Vaccination in Bombay 1869-1873 - 1869-1873
Year: 1869
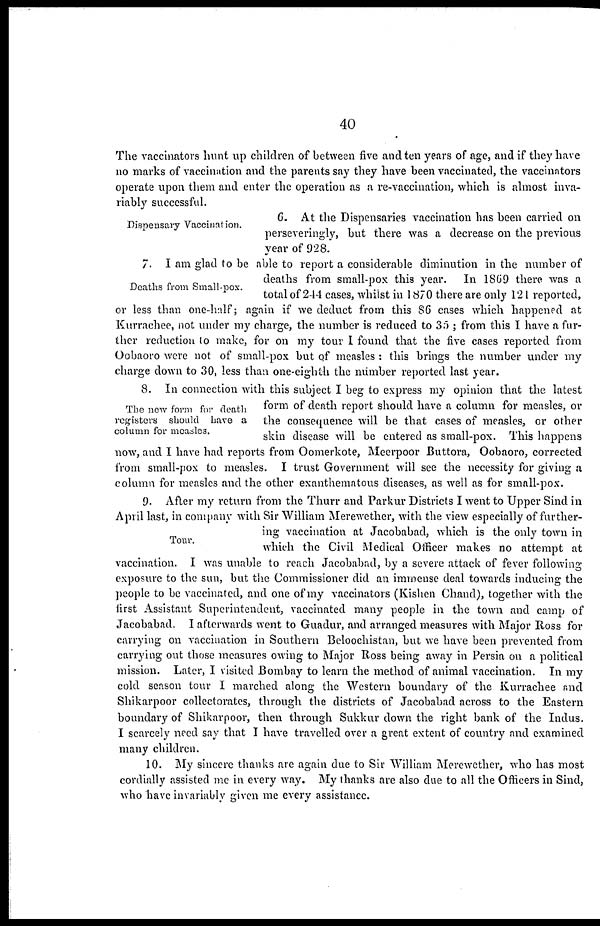
40
The vaccinators hunt up children of between five and ten years of age, and if they have
no marks of vaccination and the parents say they have been vaccinated, the vaccinators
operate upon them and enter the operation as a re-vaccination, which is almost inva-
riably successful.
Dispensary Vaccination.
6. At the Dispensaries vaccination has been carried on
perseveringly, but there was a decrease on the previous
year of 928.
Deaths from Small-pox.
7. I am glad to be able to report a considerable diminution in the number of
deaths from small-pox this year. In 1869 there was a
total of 244 cases, whilst in 1870 there are only 121 reported,
or less than one-half; again if we deduct from this 86 cases which happened at
Kurrachee, not under my charge, the number is reduced to 35 ; from this I have a fur-
ther reduction to make, for on my tour I found that the five cases reported from
Oobaoro were not of small-pox but of measles : this brings the number under my
charge down to 30, less than one-eighth the number reported last year.
The new form for death
registers should have a
column for measles.
8. In connection with this subject I beg to express my opinion that the latest
form of death report should have a column for measles, or
the consequence will be that cases of measles, or other
skin disease will be entered as small-pox. This happens
now, and I have had reports from Oomerkote, Meerpoor Buttora, Oobaoro, corrected
from small-pox to measles. I trust Government will see the necessity for giving a
column for measles and the other exanthematous diseases, as well as for small-pox.
Tour.
9. After my return from the Thurr and Parkur Districts I went to Upper Sind in
April last, in company with Sir William Merewether, with the view especially of further-
ing vaccination at Jacobabad, which is the only town in
which the Civil Medical Officer makes no attempt at
vaccination. I was unable to reach Jacobabad, by a severe attack of fever following
exposure to the sun, but the Commissioner did an immense deal towards inducing the
people to be vaccinated, and one of my vaccinators (Kishen Chand), together with the
first Assistant Superintendent, vaccinated many people in the town and camp of
Jacobabad. I afterwards went to Guadur, and arranged measures with Major Ross for
carrying on vaccination in Southern Beloochistan, but we have been prevented from
carrying out those measures owing to Major Ross being away in Persia on a political
mission. Later, I visited Bombay to learn the method of animal vaccination. In my
cold season tour I marched along the Western boundary of the Kurrachee and
Shikarpoor collectorates, through the districts of Jacobabad across to the Eastern
boundary of Shikarpoor, then through Sukkur down the right bank of the Indus.
I scarcely need say that I have travelled over a great extent of country and examined
many children.
10. My sincere thanks are again due to Sir William Merewether, who has most
cordially assisted me in every way. My thanks are also due to all the Officers in Sind,
who have invariably given me every assistance.